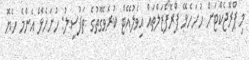
މި ޕްރޮޖެކްޓަށް ހުށަހެޅޭ ޕްރޮފޯޒަލްތައް އިވެލުއޭޓް ކުރެވޭގޮތުގެ ތަފުސީލު: ހުށަހެޅޭ އެންމެ ހެޔޮ